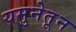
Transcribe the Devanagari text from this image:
यमुनेतून